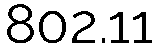
802.11